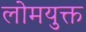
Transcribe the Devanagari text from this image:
लोमयुक्त